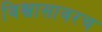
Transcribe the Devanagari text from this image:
विश्वासावरच